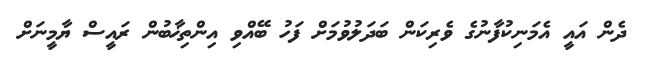
ދެން އައީ އެމަނިކުފާނުގެ ވެރިކަން ބަދަލުވުމަށް ފަހު ބޭއްވި އިންތިޚާބުން ރައީސް ޔާމީނަށް